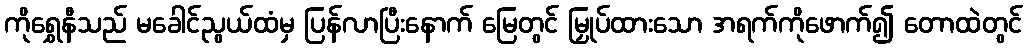
ကိုရွှေနီသည် မခေါင်ညွယ်ထံမှ ပြန်လာပြီးနောက် မြေတွင် မြှုပ်ထားသော အရက်ကိုဖောက်၍ တောထဲတွင်